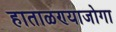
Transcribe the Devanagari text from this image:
हाताळण्याजोगा